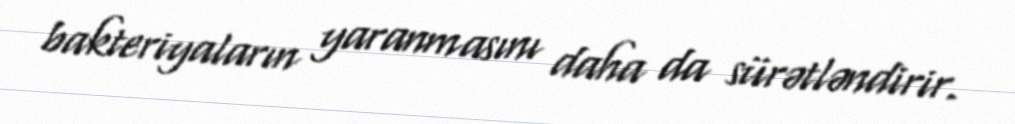
bakteriyaların yaranmasını daha da sürətləndirir.